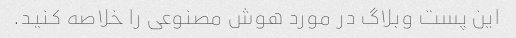
این پست وبلاگ در مورد هوش مصنوعی را خلاصه کنید.